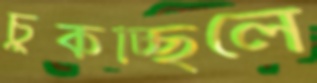
চুকচ্ছিলে